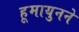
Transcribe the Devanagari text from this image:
हूमायुनने